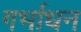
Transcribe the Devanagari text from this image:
गर्भाधन